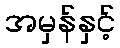
အမှန်နှင့်